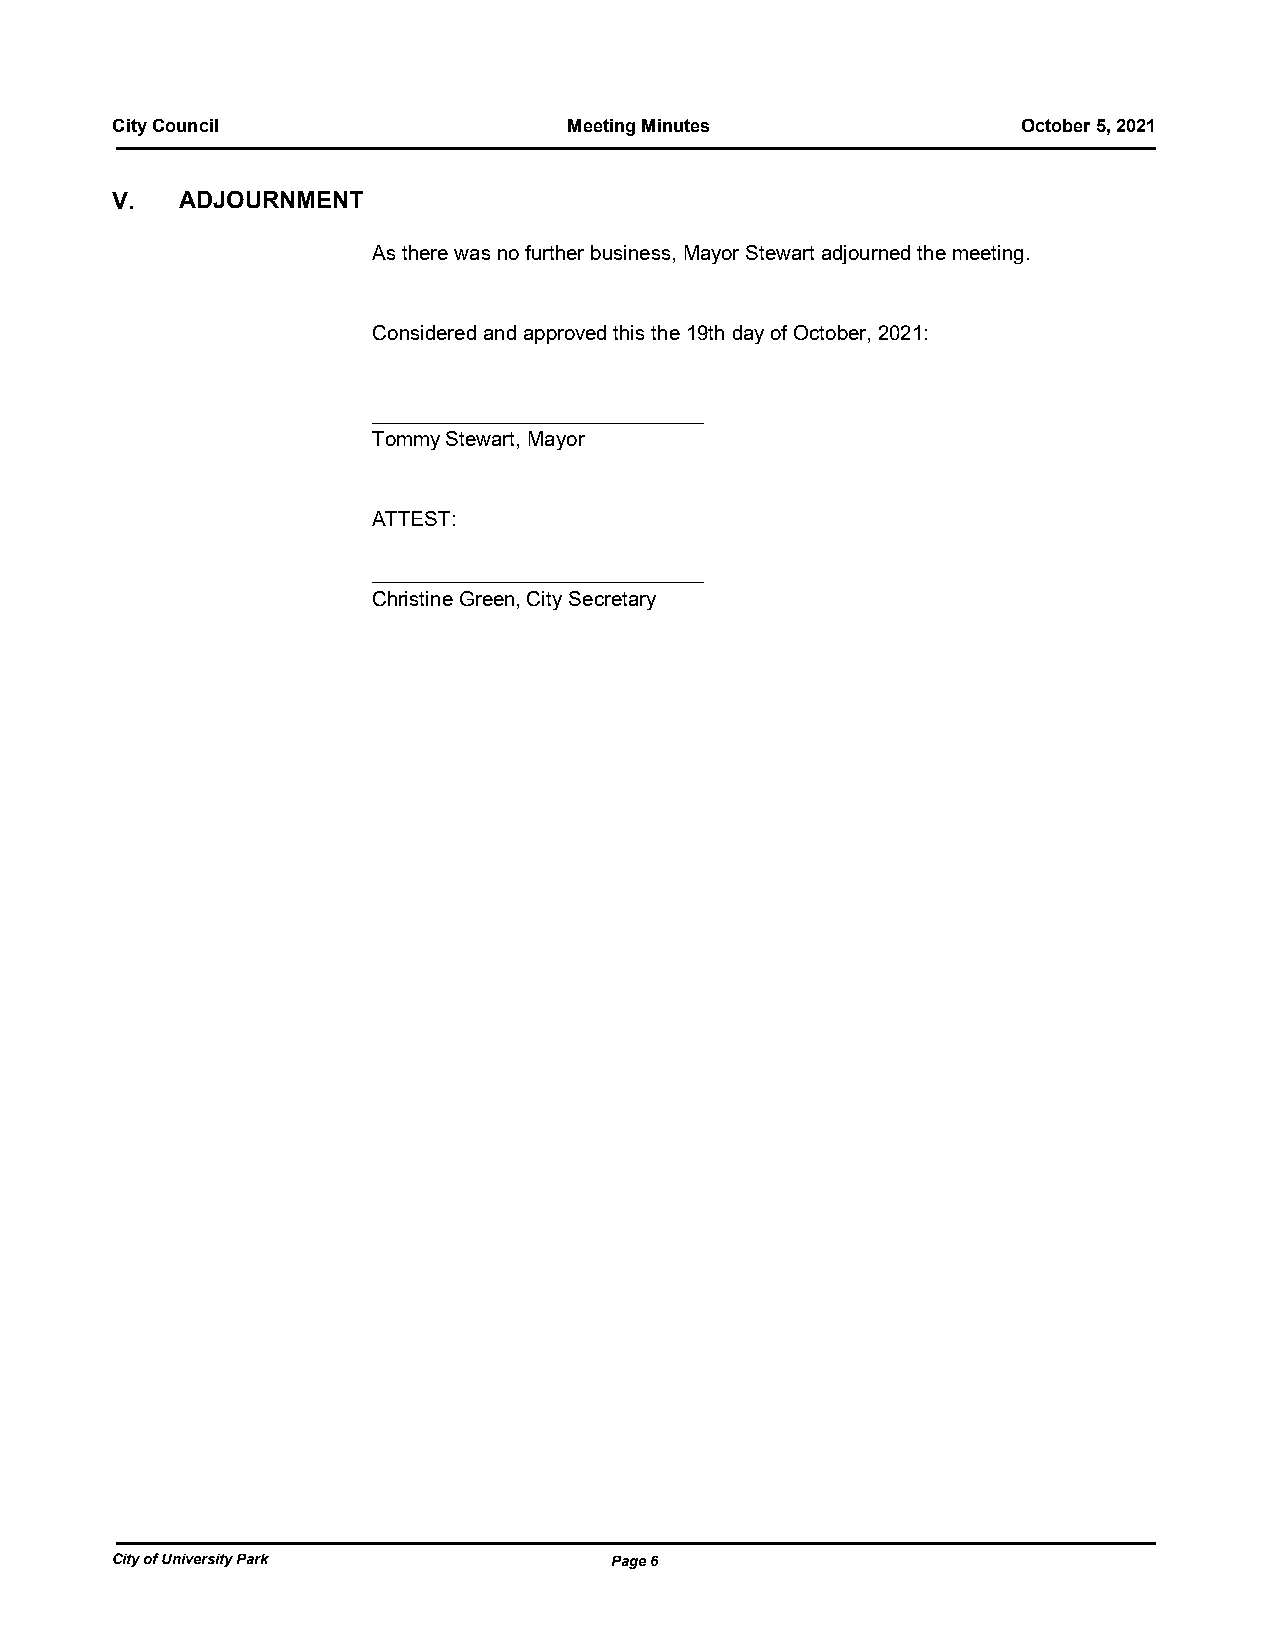
City Council                   Meeting Minutes               October 5, 2021
 V.   ADJOURNMENT
 As there was no further business, Mayor Stewart adjourned the meeting.
 Considered and approved this the 19th day of October, 2021:
 _____________________________
 Tommy Stewart, Mayor
 ATTEST:
 _____________________________
 Christine Green, City Secretary
 City of University Park          Page 6